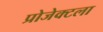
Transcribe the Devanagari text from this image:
प्रोजेक्टला